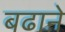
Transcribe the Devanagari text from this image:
बढाऩे